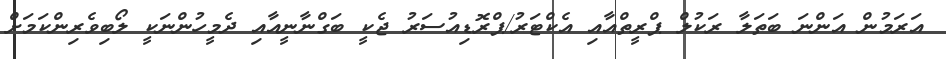
އަރަމުން އަންނަ ބަތަލާ ރަކުލް ޕްރީތްއާއި އެކްޓަރު/ޕްރޮޑިއުސަރު ޖެކީ ބަގްނާނީއާއި ދެމީހުންނަކީ ލޯބިވެރިންކަމަށް